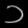
Digit: ၁